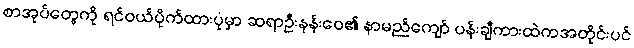
စာအုပ်တွေကို ရင်ဝယ်ပိုက်ထားပုံမှာ ဆရာဦးနန်းဝေ၏ နာမည်ကျော် ပန်းချီကားထဲကအတိုင်းပင်